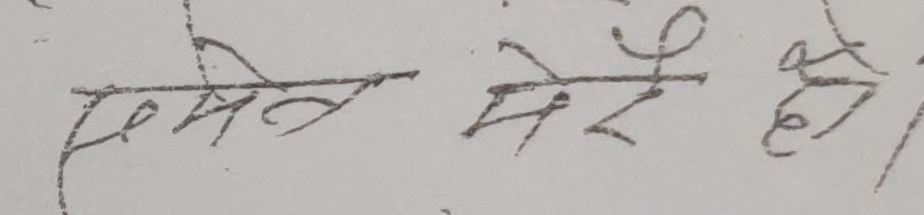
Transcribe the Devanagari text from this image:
सिमेट मेर हो